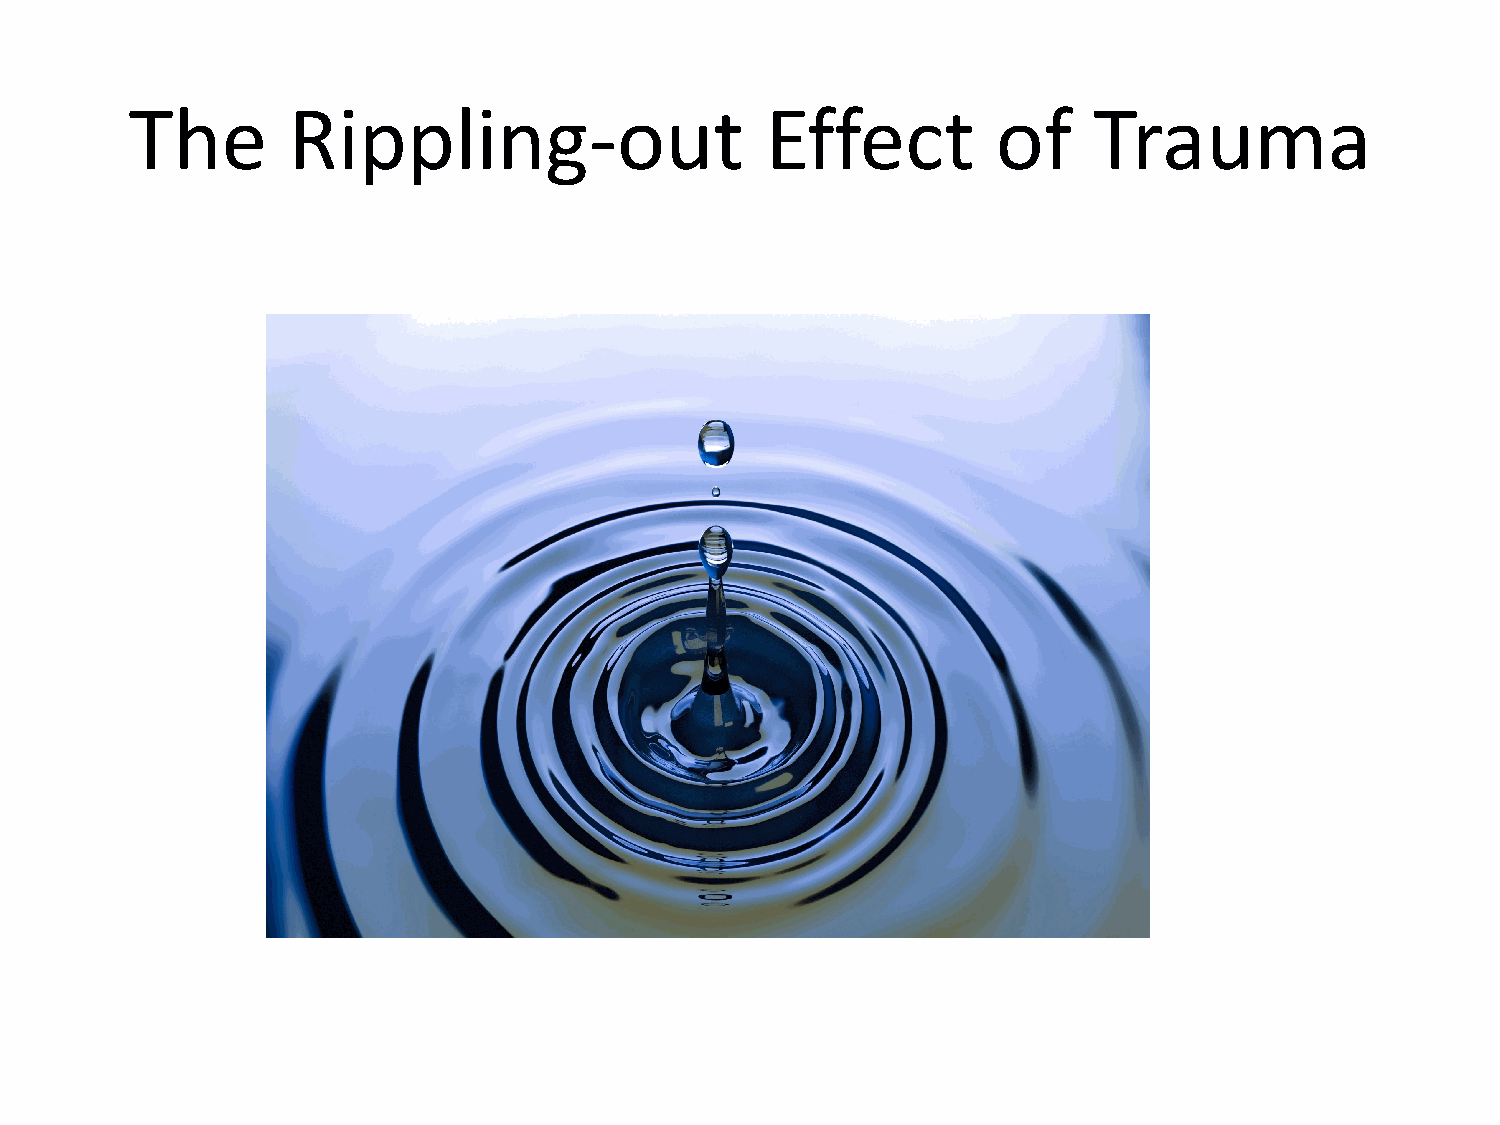
The       Rippling-out                    Effect         of    Trauma